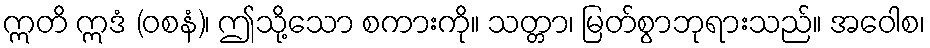
ဣတိ ဣဒံ (ဝစနံ)၊ ဤသို့သော စကားကို။ သတ္တာ၊ မြတ်စွာဘုရားသည်။ အဝေါစ၊